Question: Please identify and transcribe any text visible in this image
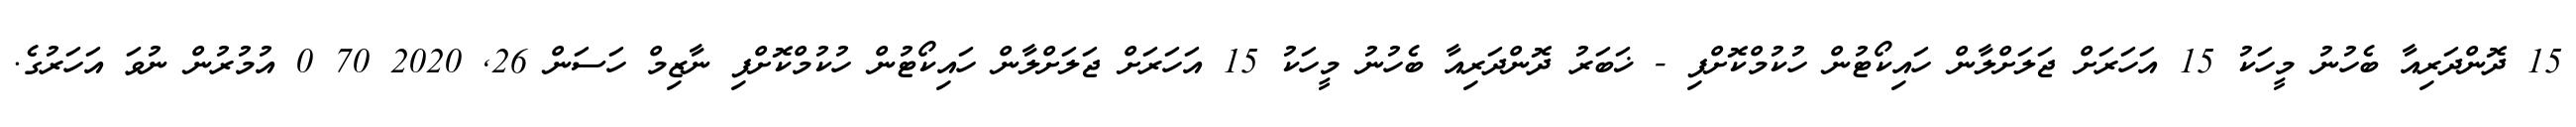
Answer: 15 ދޮންދަރިއާ ބެހުނު މީހަކު 15 އަހަރަށް ޖަލަށްލާން ހައިކޯޓުން ހުކުމްކޮށްފި - ޚަބަރު ދޮންދަރިއާ ބެހުނު މީހަކު 15 އަހަރަށް ޖަލަށްލާން ހައިކޯޓުން ހުކުމްކޮށްފި ނާޒިމް ހަސަން 26, 2020 70 0 އުމުރުން ނުވަ އަހަރުގެ.